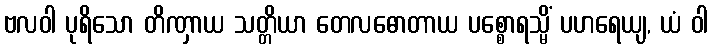
ဗလဝါ ပုရိသော တိဏှာယ သတ္တိယာ တေလဓောတာယ ပစ္စောရသ္မိံ ပဟရေယျ, ယံ ဝါ